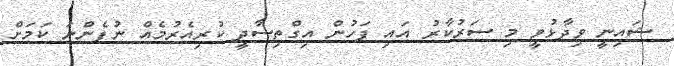
ޝައިނީ ވިދާޅުވީ މި ސަރުކާރު އައި ފަހުން އިގްތިސާދީ ކުރިއެރުމެއް ނުފެންނަ ކަމަށް